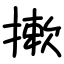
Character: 摗